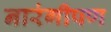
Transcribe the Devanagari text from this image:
नारंगीपण